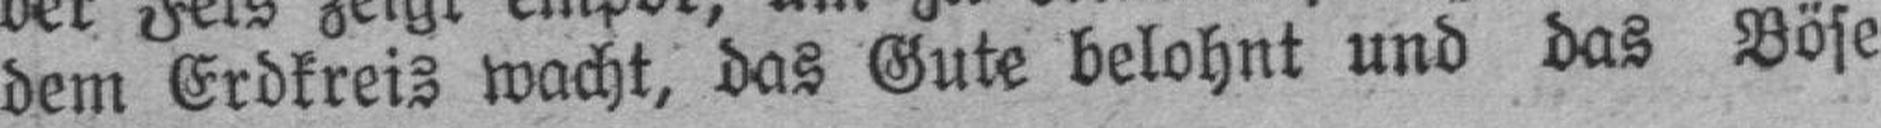
dem Erdkreis wacht, das Gute belohnt und das Böse